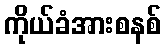
ကိုယ်ခံအားစနစ်